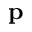
\mathbf { p }